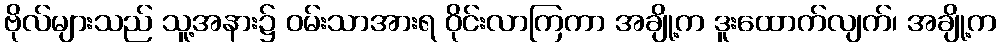
ဗိုလ်များသည် သူ့အနား၌ ဝမ်းသာအားရ ဝိုင်းလာကြကာ အချို့က ဒူးထောက်လျက်၊ အချို့က